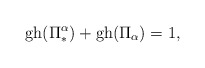
\begin{align*}\hbox{gh}(\Pi_*^{\alpha})+\hbox{gh}(\Pi_{\alpha})=1,\end{align*}